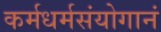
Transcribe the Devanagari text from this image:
कर्मधर्मसंयोगानं